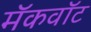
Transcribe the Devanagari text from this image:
मॅकवॉट